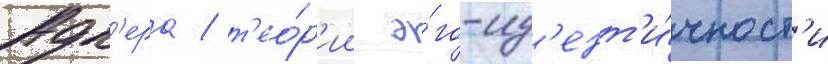
Адл'ера / т'ео́р'ии э́го-ид'ент'и́чност'и